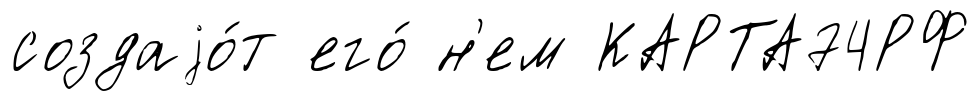
создаjо́т его́ н'ем КАРТА74РФ